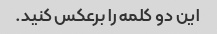
این دو کلمه را برعکس کنید.